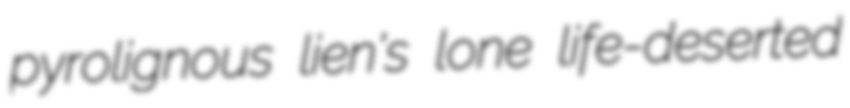
pyrolignous lien's lone life-deserted